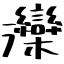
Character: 灤